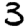
Digit: 3